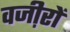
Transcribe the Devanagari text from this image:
वजी़रों